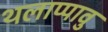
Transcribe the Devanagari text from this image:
थलाप्पावु